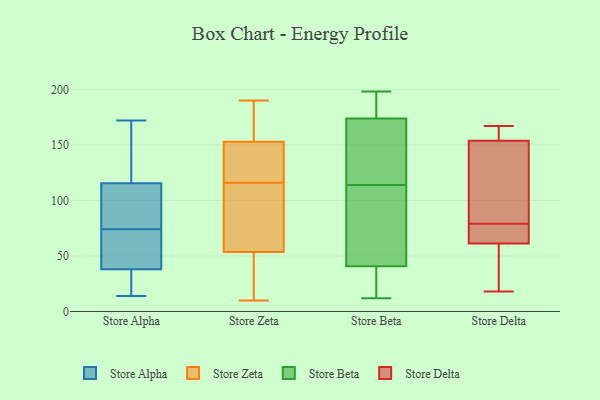
{"axis": {"x": "Bounce Rate (%)", "y": "Value"}, "legend": ["Store Alpha", "Store Beta", "Store Delta", "Store Zeta"], "data": [{"x": "", "y": 37, "type": "Store Alpha"}, {"x": "", "y": 81, "type": "Store Alpha"}, {"x": "", "y": 172, "type": "Store Alpha"}, {"x": "", "y": 53, "type": "Store Alpha"}, {"x": "", "y": 74, "type": "Store Alpha"}, {"x": "", "y": 36, "type": "Store Alpha"}, {"x": "", "y": 137, "type": "Store Alpha"}, {"x": "", "y": 73, "type": "Store Alpha"}, {"x": "", "y": 124, "type": "Store Alpha"}, {"x": "", "y": 147, "type": "Store Alpha"}, {"x": "", "y": 60, "type": "Store Alpha"}, {"x": "", "y": 14, "type": "Store Alpha"}, {"x": "", "y": 85, "type": "Store Alpha"}, {"x": "", "y": 30, "type": "Store Alpha"}, {"x": "", "y": 165, "type": "Store Alpha"}, {"x": "", "y": 25, "type": "Store Alpha"}, {"x": "", "y": 90, "type": "Store Alpha"}, {"x": "", "y": 86, "type": "Store Alpha"}, {"x": "", "y": 41, "type": "Store Alpha"}, {"x": "", "y": 137, "type": "Store Zeta"}, {"x": "", "y": 43, "type": "Store Zeta"}, {"x": "", "y": 10, "type": "Store Zeta"}, {"x": "", "y": 137, "type": "Store Zeta"}, {"x": "", "y": 190, "type": "Store Zeta"}, {"x": "", "y": 116, "type": "Store Zeta"}, {"x": "", "y": 90, "type": "Store Zeta"}, {"x": "", "y": 171, "type": "Store Zeta"}, {"x": "", "y": 111, "type": "Store Zeta"}, {"x": "", "y": 16, "type": "Store Zeta"}, {"x": "", "y": 167, "type": "Store Zeta"}, {"x": "", "y": 57, "type": "Store Zeta"}, {"x": "", "y": 148, "type": "Store Zeta"}, {"x": "", "y": 97, "type": "Store Beta"}, {"x": "", "y": 43, "type": "Store Beta"}, {"x": "", "y": 198, "type": "Store Beta"}, {"x": "", "y": 183, "type": "Store Beta"}, {"x": "", "y": 161, "type": "Store Beta"}, {"x": "", "y": 21, "type": "Store Beta"}, {"x": "", "y": 191, "type": "Store Beta"}, {"x": "", "y": 114, "type": "Store Beta"}, {"x": "", "y": 116, "type": "Store Beta"}, {"x": "", "y": 178, "type": "Store Beta"}, {"x": "", "y": 40, "type": "Store Beta"}, {"x": "", "y": 49, "type": "Store Beta"}, {"x": "", "y": 126, "type": "Store Beta"}, {"x": "", "y": 37, "type": "Store Beta"}, {"x": "", "y": 12, "type": "Store Beta"}, {"x": "", "y": 129, "type": "Store Delta"}, {"x": "", "y": 70, "type": "Store Delta"}, {"x": "", "y": 62, "type": "Store Delta"}, {"x": "", "y": 163, "type": "Store Delta"}, {"x": "", "y": 79, "type": "Store Delta"}, {"x": "", "y": 59, "type": "Store Delta"}, {"x": "", "y": 162, "type": "Store Delta"}, {"x": "", "y": 144, "type": "Store Delta"}, {"x": "", "y": 151, "type": "Store Delta"}, {"x": "", "y": 76, "type": "Store Delta"}, {"x": "", "y": 167, "type": "Store Delta"}, {"x": "", "y": 43, "type": "Store Delta"}, {"x": "", "y": 18, "type": "Store Delta"}]}